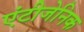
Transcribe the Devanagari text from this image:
एंटीजेनिक